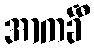
အာကင်္ခီ